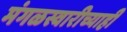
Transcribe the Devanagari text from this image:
मंगळस्वारीच्याही